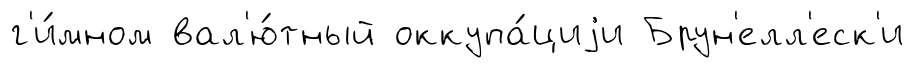
г'и́мном вал'ю́тный оккупа́циjи Брун'елл'еск'и